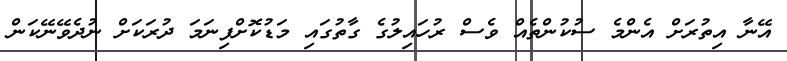
އޭނާ އިތުރަށް އެންމެ ސުކުންތެއް ވެސް ރުހައިލުގެ ގާތުގައި މަޑުކޮށްފިނަމަ ދުރަކަށް ނުދެވޭނޭކަން